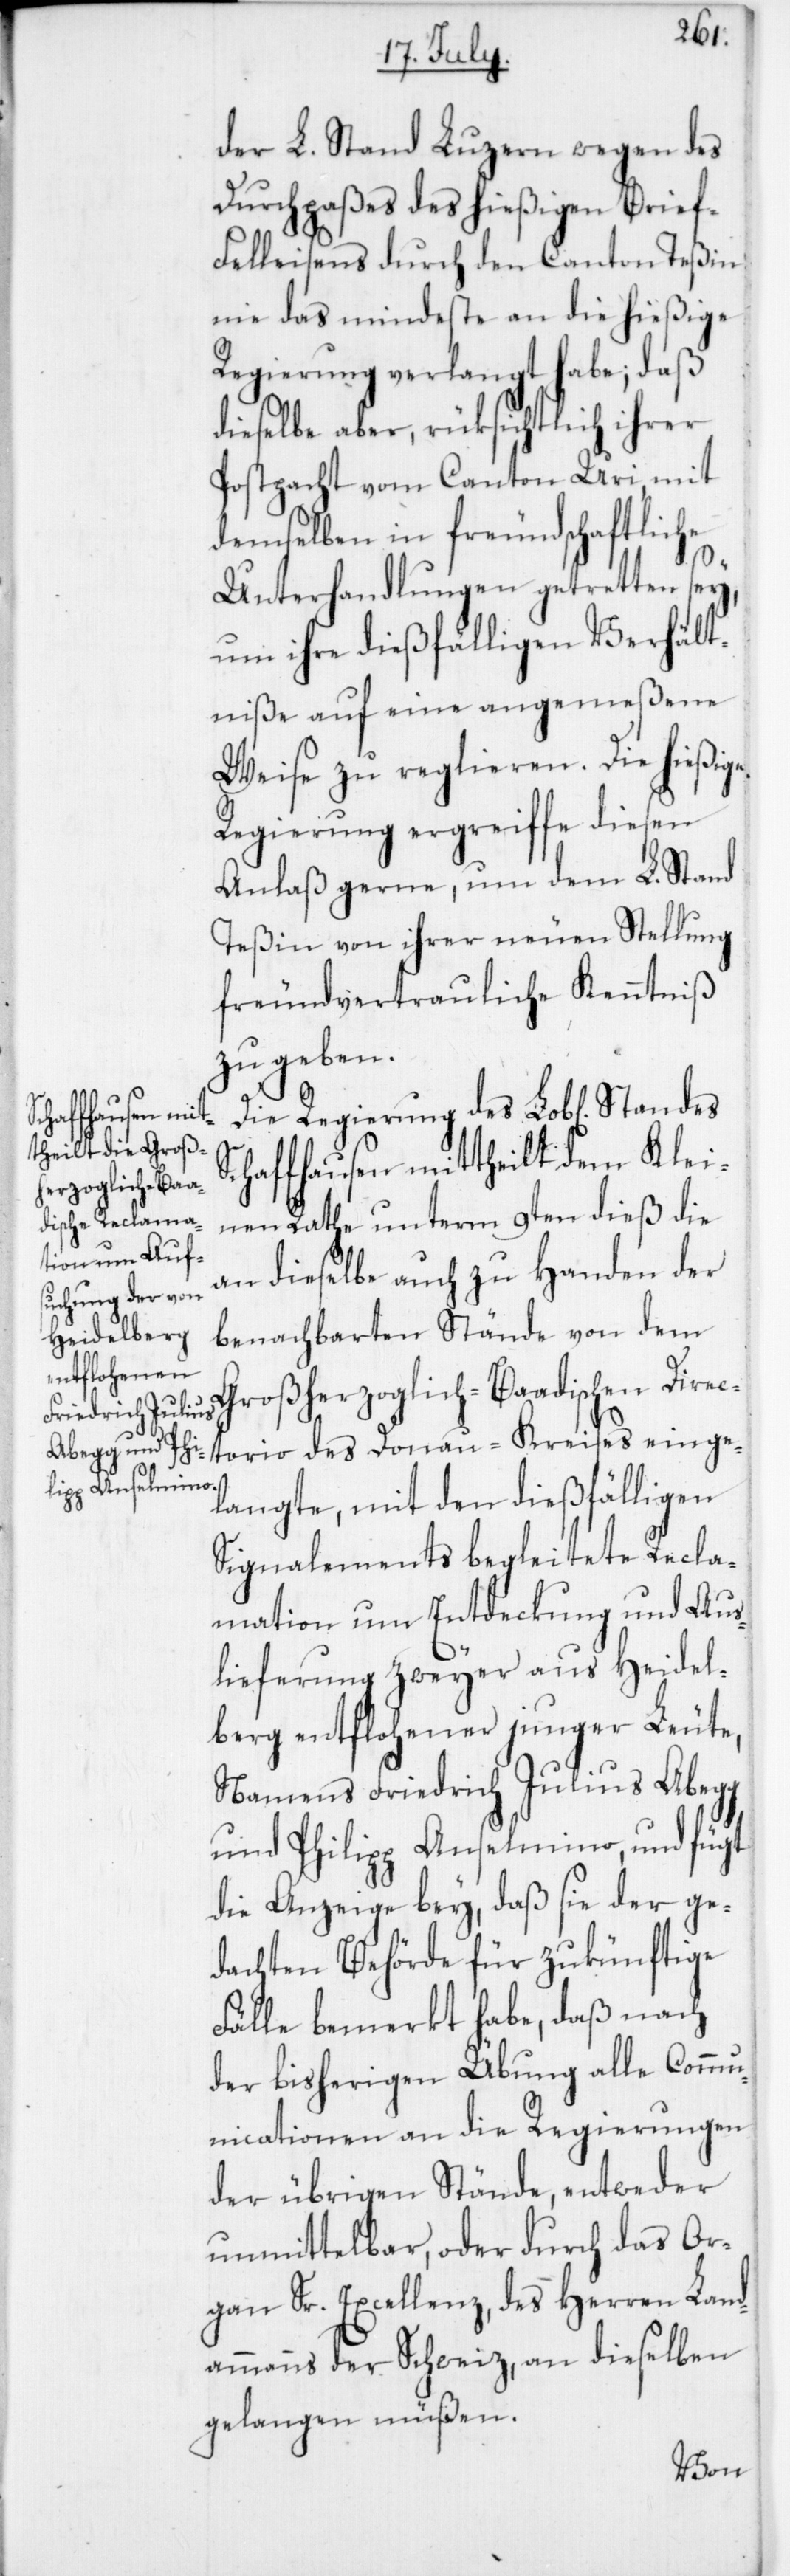
der L. Stand Luzern wegen des
Durchpaßes des hießigen Brie¬
f-Felleisens durch den Canton Teßin
nie das mindeste an die hießige
Regierung verlangt habe, daß
dieselbe aber, rüksichtlich ihrer
Postpacht vom Canton Uri mit
demselben in freundschaftliche
Unterhandlungen getretten sey,
um ihre dießfälligen Verhält¬
niße auf eine angemeßene
Weise zu reglieren. Die hießige
Regierung ergreiffe diesen
Anlaß gerne, um dem L. Stand
Teßin von ihrer neuen Stellung
freundvertrauliche Kenntniß
zu geben.
Die Regierung des Lob[lichen] Standes
Schaffhausen mittheilt dem Klei¬
nen Rathe unterm 9ten dieß die
an dieselbe auch zu Handen der
benachbarten Stände von dem
Großherzoglich-Baadischen Direc¬
torio des Donau-Kreises einge¬
langte, mit den dießfälligen
Signalements begleitete Recla¬
mation um Entdeckung und Aus¬
lieferung zweyer aus Heidel¬
berg entflohener junger Leute,
Namens Friedrich Julius Abegg
und Philipp Anselmino, und fügt
die Anzeige bey, daß sie der ge¬
dachten Behörde für zukünftige
Fälle bemerkt habe, daß nach
der bisherigen Übung alle Commu¬
nicationen an die Regierungen
der übrigen Stände, entweder
unmittelbar, oder durch das Or¬
gan Sr. Excellenz, des Herren Land¬
ammanns der Schweiz, an dieselben
gelangen müßen.